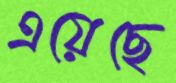
এয়েছে